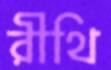
রীথি